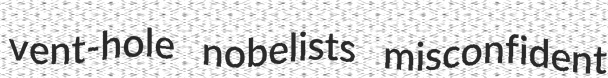
vent-hole nobelists misconfident